Scottish Leaving Certificate Examination, 1961
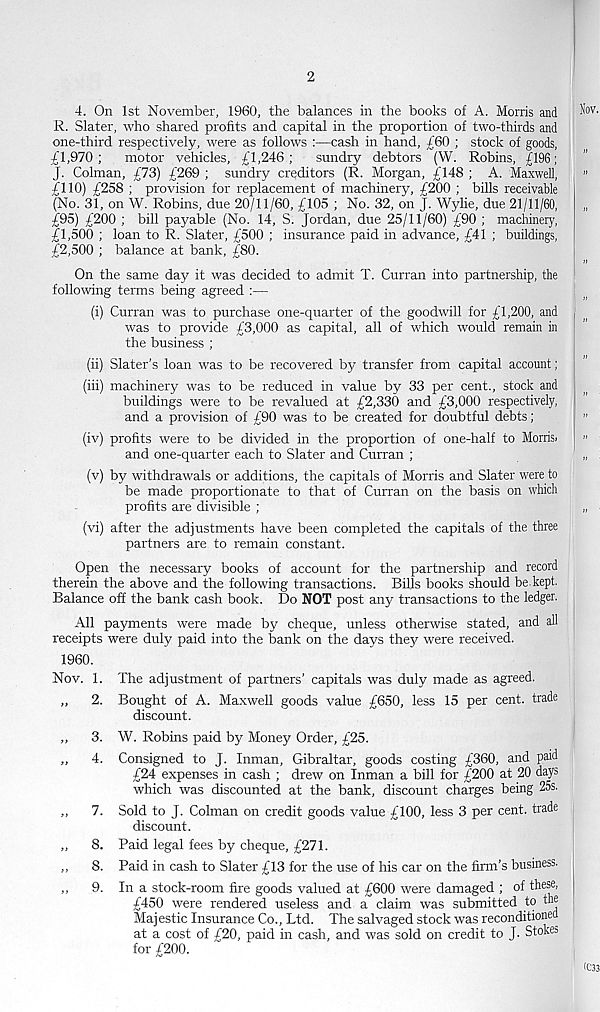
2
4. On 1st November, 1960, the balances in the books of A. Morris and
R. Slater, who shared profits and capital in the proportion of two-thirds and
one-third respectively, were as follows :—cash in hand, £60 ; stock of goods,
-£1,970;
motor vehicles, £1,246;
sundry debtors (W. Robins, £196;
J. Colman, £73) £269 ; sundry creditors (R. Morgan, £148 ; A. Maxwell,
£110) £258 ; provision for replacement of machinery, £200 ; bills receivable
(No. 31, on W. Robins, due 20/11/60, £105 ; No. 32, on J. Wylie, due 21/11/60,
£95) £200 ; bill payable (No. 14, S. Jordan, due 25/11/60) £90 ; machinery,
£1,500 ; loan to R. Slater, £500 ; insurance paid in advance, £41 ; buildings,
£2,500 ; balance at bank, £80.
On the same day it was decided to admit T. Curran into partnership, the
following terms being agreed :—
(i) Curran was to purchase one-quarter of the goodwill for £1,200, and
was to provide £3,000 as capital, all of which would remain in
the business ;
(ii) Slater’s loan was to be recovered by transfer from capital account;
(iii) machinery was to be reduced in value by 33 per cent., stock and
buildings were to be revalued at £2,330 and £3,000 respectively,
and a provision of £90 was to be created for doubtful debts;
(iv) profits were to be divided in the proportion of one-half to Morrisi
and one-quarter each to Slater and Curran ;
(v) by withdrawals or additions, the capitals of Morris and Slater were to
be made proportionate to that of Curran on the basis on which
profits are divisible ;
(vi) after the adjustments have been completed the capitals of the three
partners are to remain constant.
Open the necessary books of account for the partnership and record
therein the above and the following transactions. Bills books should be.kept.
Balance off the bank cash book. Do NOT post any transactions to the ledger.
All payments were made by cheque, unless otherwise stated, and all
receipts were duly paid into the bank on the days they were received.
1960.
Nov. 1. The adjustment of partners’ capitals was duly made as agreed.
„ 2. Bought of A. Maxwell goods value £650, less 15 per cent, trade
discount.
„
3. W. Robins paid by Money Order, £25.
,,
4. Consigned to J. Inman, Gibraltar, goods costing £360, and paid
£24 expenses in cash ; drew on Inman a bill for £200 at 20 days
which was discounted at the bank, discount charges being 25s.
,,
7. Sold to J. Colman on credit goods value £100, less 3 per cent, trade
discount.
,,
8. Paid legal fees by cheque, £271.
,,
8. Paid in cash to Slater £13 for the use of his car on the firm’s business.
„
9. In a stock-room fire goods valued at £600 were damaged ; of these,
£450 were rendered useless and a claim was submitted to the
Majestic Insurance Co., Ltd. The salvaged stock was reconditioned
at a cost of £20, paid in cash, and was sold on credit to J. Stokeb
for £200.